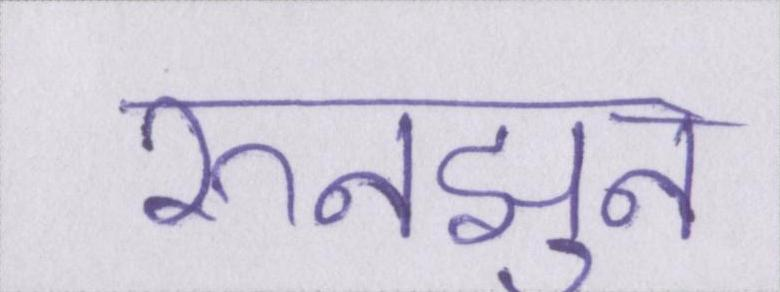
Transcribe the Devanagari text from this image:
रुनझुन